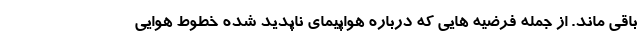
باقی ماند. از جمله فرضیه هایی که درباره هواپیمای ناپدید شده خطوط هوایی